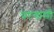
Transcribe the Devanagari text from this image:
परगामी